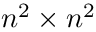
n ^ { 2 } \times n ^ { 2 }